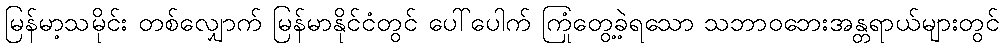
မြန်မာ့သမိုင်း တစ်လျှောက် မြန်မာနိုင်ငံတွင် ပေါ်ပေါက် ကြုံတွေ့ခဲ့ရသော သဘာဝဘေးအန္တရာယ်များတွင်